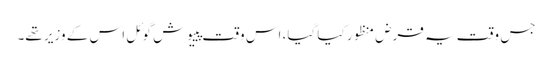
جس وقت یہ قرض منظور کیا گیا، اس وقت پییوش گوئل اس کے وزیر تھے۔